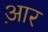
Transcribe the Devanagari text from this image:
आ़र